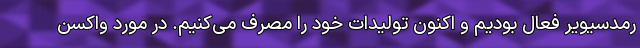
رمدسیویر فعال بودیم و اکنون تولیدات خود را مصرف می‌کنیم. در مورد واکسن